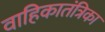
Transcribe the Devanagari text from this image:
वाहिकातंत्रिका